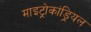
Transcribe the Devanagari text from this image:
माइट्रोकांड्रियल